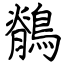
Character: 鶺